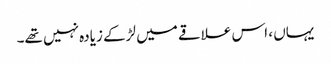
یہاں ، اس علاقے میں لڑکے زیادہ نہیں تھے۔